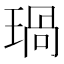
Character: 𤧗